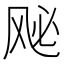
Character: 𫠈